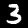
Label: 3